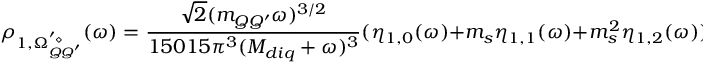
\rho _ { 1 , \Omega _ { Q Q ^ { \prime } } ^ { ' \diamond } } ( \omega ) = \frac { \sqrt { 2 } ( m _ { Q Q ^ { \prime } } \omega ) ^ { 3 / 2 } } { 1 5 0 1 5 \pi ^ { 3 } ( { \cal { M } } _ { d i q } + \omega ) ^ { 3 } } ( \eta _ { 1 , 0 } ( \omega ) + m _ { s } \eta _ { 1 , 1 } ( \omega ) + m _ { s } ^ { 2 } \eta _ { 1 , 2 } ( \omega ) ) ,